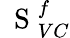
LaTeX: \mathrm{~\mathbf~S~}_{VC}^{f}